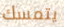
يتمسك